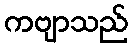
ကဗျာသည်